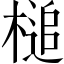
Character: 槌